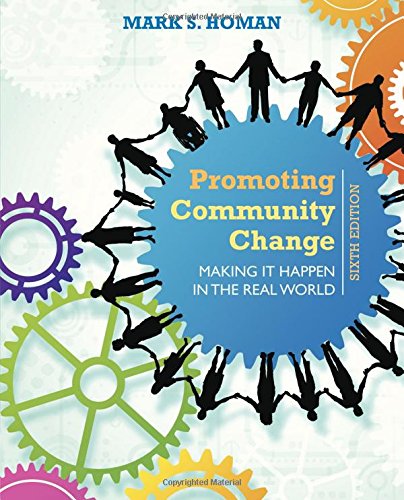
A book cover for Promoting Community Change: Making It Happen in the Real World; Mark S. Homan; Politics & Social Sciences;